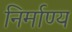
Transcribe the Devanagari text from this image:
निर्माण्य